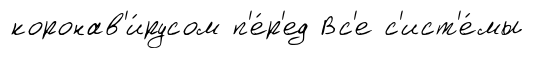
коронав'и́русом п'е́р'ед Вс'е с'ист'е́мы